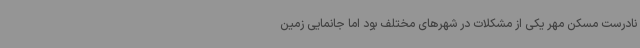
نادرست مسکن مهر یکی از مشکلات در شهرهای مختلف بود اما جانمایی زمین